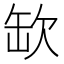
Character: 缼